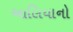
આલિયાનો